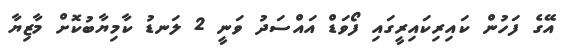
އޭގެ ފަހުން ކައިރިކައިރީގައި ފޯވަޑް އައްސަދު ވަނީ 2 ލަނޑު ކާމިޔާބުކޮށް މާޒިޔާ